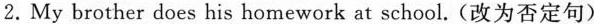
2.My brother does his homework at school.(改为否定句)